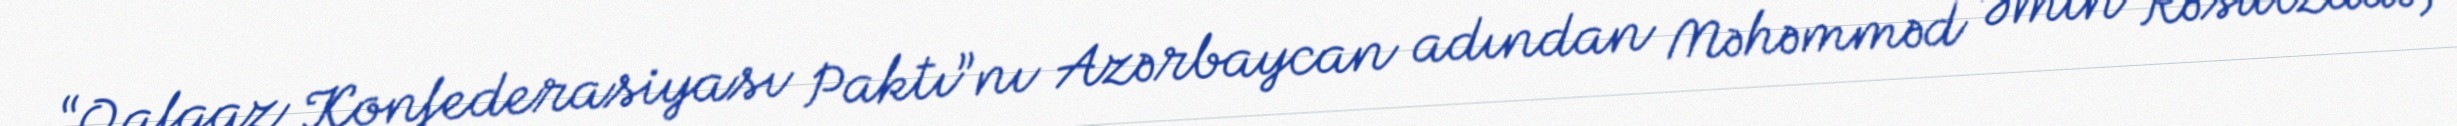
“Qafqaz Konfederasiyası Paktı”nı Azərbaycan adından Məhəmməd Əmin Rəsulzadə,